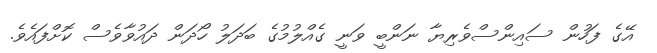
އޭގެ ފަހުން ސައިންސްވެރިޔާ ނަންބީ ވަނީ ގެެއްލުމުގެ ބަދަލު ހޯދަން ދައުވާވެސް ކޮށްފައެވެ.